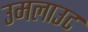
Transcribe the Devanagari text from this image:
उमलाउट